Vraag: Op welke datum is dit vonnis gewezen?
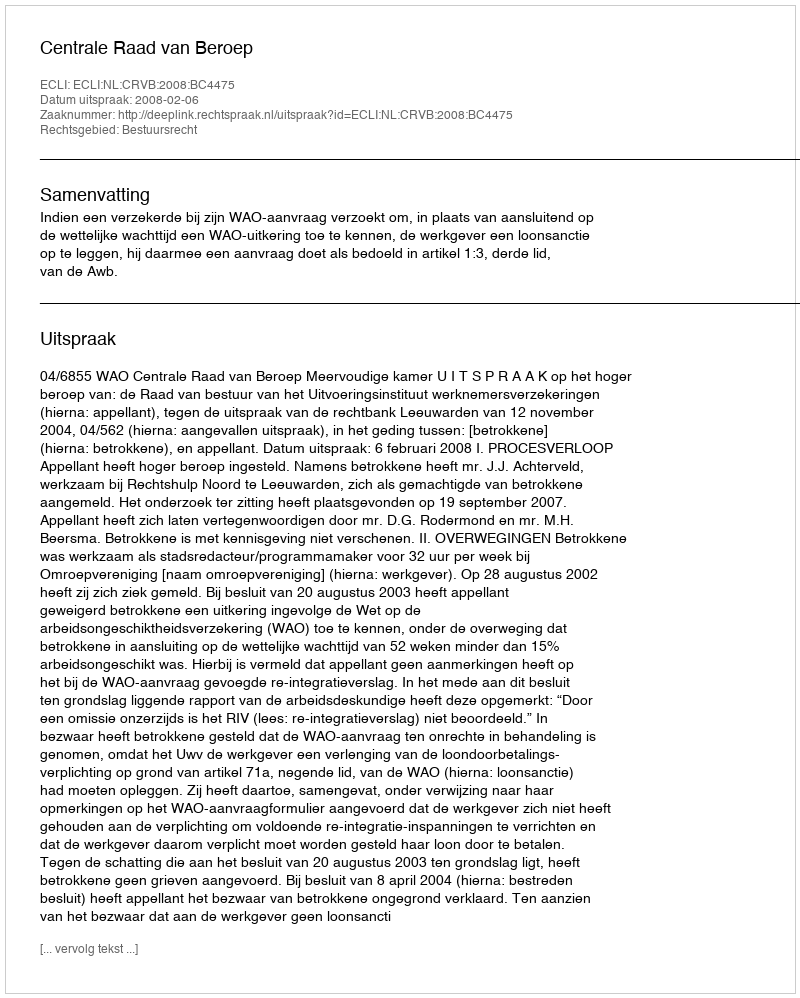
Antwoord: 2008-02-06